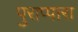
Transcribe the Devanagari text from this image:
पुराप्पारा